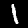
Digit: 1